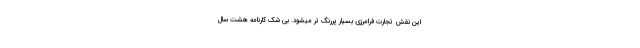
این نقش تجارت فرامرزی بسیار پررنگ تر میشود. بی شک کارنامه هشت سال